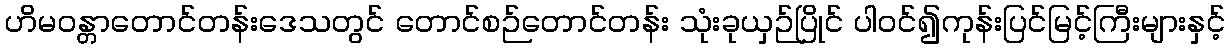
ဟိမဝန္တာတောင်တန်းဒေသတွင် တောင်စဉ်တောင်တန်း သုံးခုယှဉ်ပြိုင် ပါဝင်၍ကုန်းပြင်မြင့်ကြီးများနှင့်